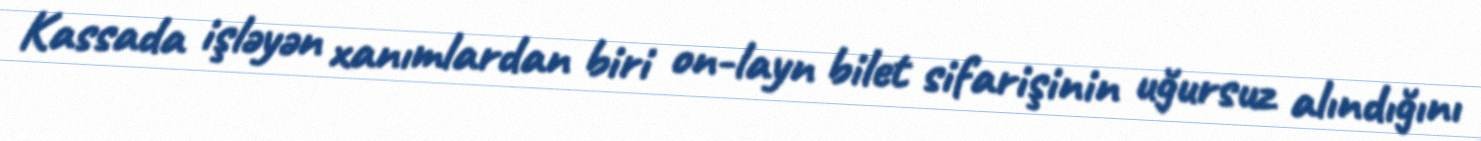
Kassada işləyən xanımlardan biri on-layn bilet sifarişinin uğursuz alındığını